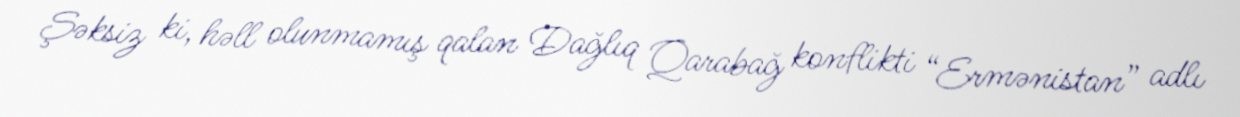
Şəksiz ki, həll olunmamış qalan Dağlıq Qarabağ konflikti “Ermənistan” adlı